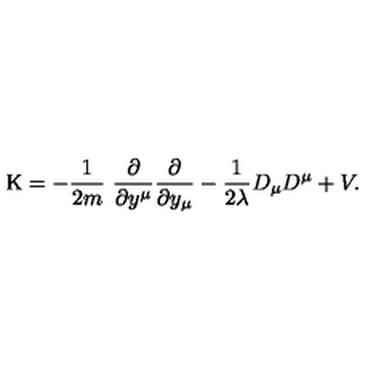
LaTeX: \mathrm { K } = - \frac { 1 } { 2 m } \ \frac { \partial } { \partial y ^ { \mu } } \frac { \partial } { \partial y _ { \mu } } - \frac { 1 } { 2 \lambda } D _ { \mu } D ^ { \mu } + V .